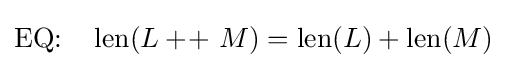
{\text{EQ:}}\quad \operatorname {len} (L+\!+\ M)=\operatorname {len} (L)+\operatorname {len} (M)